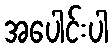
အပေါင်းပါ